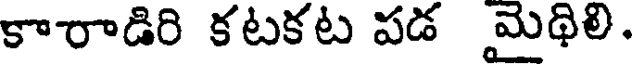
కారాడిరి కటకట పడ మైథిలి.